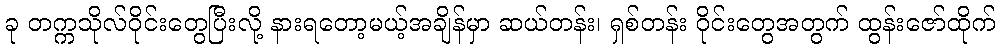
ခု တက္ကသိုလ်ဝိုင်းတွေပြီးလို့ နားရတော့မယ့်အချိန်မှာ ဆယ်တန်း၊ ရှစ်တန်း ဝိုင်းတွေအတွက် ထွန်းဇော်ထိုက်